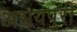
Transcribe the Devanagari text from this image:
अभयपुरी